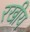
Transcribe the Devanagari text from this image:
रखीय